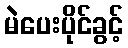
မဲပေးပိုင်ခွင့်